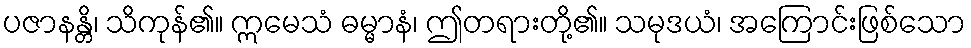
ပဇာနန္တိ၊ သိကုန်၏။ ဣမေသံ ဓမ္မာနံ၊ ဤတရားတို့၏။ သမုဒယံ၊ အကြောင်းဖြစ်သော